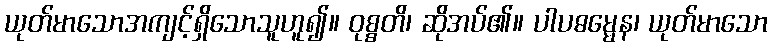
ယုတ်မာသောအကျင့်ရှိသောသူဟူ၍။ ဝုစ္စတိ၊ ဆိုအပ်၏။ ပါပဓမ္မေန၊ ယုတ်မာသော